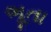
ભૂતા